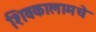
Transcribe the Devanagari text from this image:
शिवकालामधे